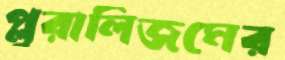
প্লুরালিজমের